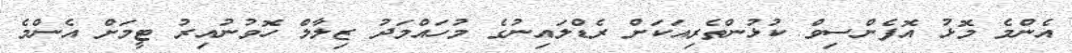
އެންމެ މޮޅު އޮފެންސިވް ކުޅުންތެރިއަކަށް ރެޑްލައިނުގެ މުހައްމަދު ޒިލާލް ހޮވުނުއިރު ޓީމަށް އެންމެ